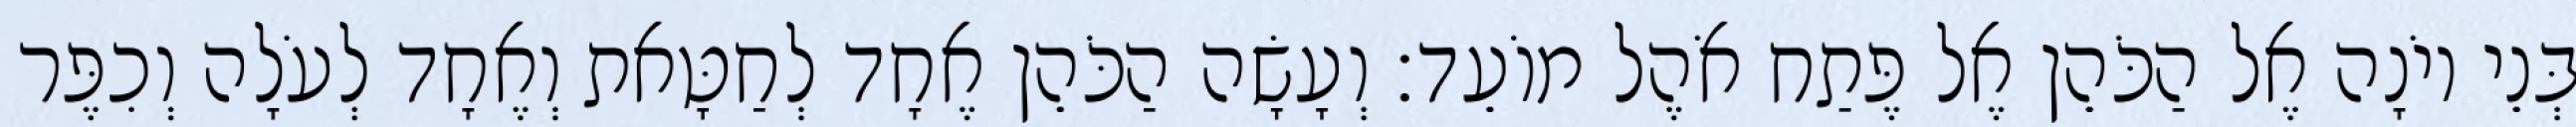
בְּנֵי יוֹנָה אֶל הַכֹּהֵן אֶל פֶּתַח אֹהֶל מוֹעֵד׃ וְעָשָׂה הַכֹּהֵן אֶחָד לְחַטָּאת וְאֶחָד לְעֹלָה וְכִפֶּר